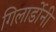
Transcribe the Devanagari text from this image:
गिलार्डोनी